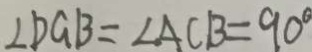
\angle D G B = \angle A C B = 9 0 ^ { \circ }